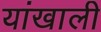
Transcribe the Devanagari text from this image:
यांखाली